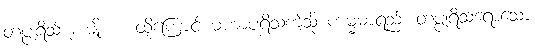
တပ္ပုရိသ် ၂ မျိုး။ ။ ထို့ကြောင့် မဟာပုရိသကဲ့သို့ ကမ္မဓာရည်း တပ္ပုရိသ်ရောသော